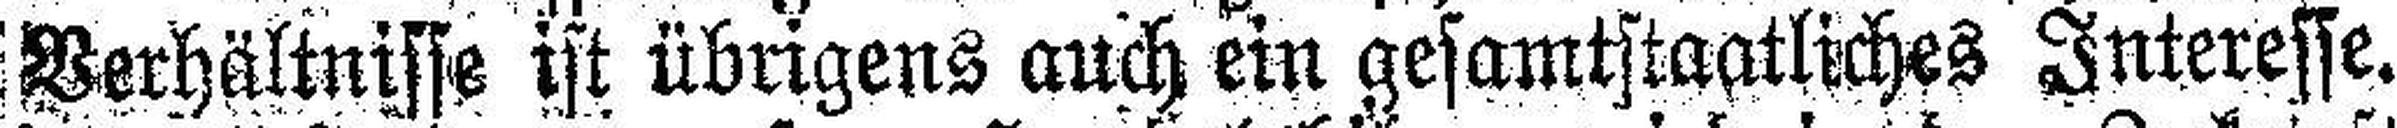
Verhältnisse ist übrigens auch ein gesamtstaatliches Interesse.